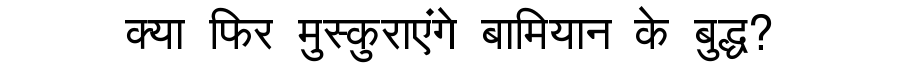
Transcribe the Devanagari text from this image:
क्या फिर मुस्कुराएंगे बामियान के बुद्ध?